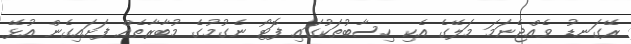
ރޭގަނޑު ވެއްޖެނަމަ މަލޭގެ އެކި ހިސާބުތަކުގައި ފޮޓޯ ނެގުމުގެ މުބާރާތެއް ފަށައިގެން އުޅޭ